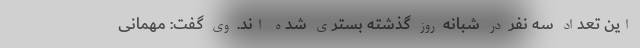
این تعداد سه نفر در شبانه روز گذشته بستری شده اند. وی گفت: مهمانی